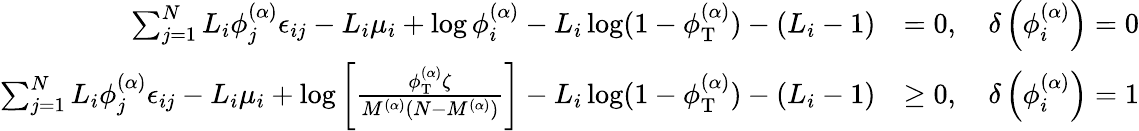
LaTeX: \begin{array}{rl}{\sum_{j=1}^{N}L_{i}\phi_{j}^{(\alpha)}\epsilon_{ij}-L_{i}\mu_{i}+\log\phi_{i}^{(\alpha)}-L_{i}\log(1-\phi_{\mathrm{T}}^{(\alpha)})-(L_{i}-1)}&{=0,\quad\delta\left(\phi_{i}^{(\alpha)}\right)=0}\\ {\sum_{j=1}^{N}L_{i}\phi_{j}^{(\alpha)}\epsilon_{ij}-L_{i}\mu_{i}+\log\left[\frac{\phi_{\mathrm{T}}^{(\alpha)}\zeta}{M^{(\alpha)}(N-M^{(\alpha)})}\right]-L_{i}\log(1-\phi_{\mathrm{T}}^{(\alpha)})-(L_{i}-1)}&{\ge 0,\quad\delta\left(\phi_{i}^{(\alpha)}\right)=1}\end{array}